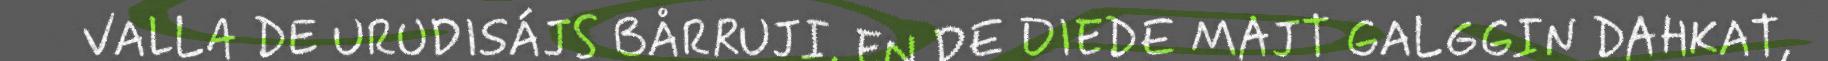
VALLA DE URUDISÁJS BÅRRUJI. EN DE DIEDE MAJT GALGGIN DAHKAT,